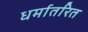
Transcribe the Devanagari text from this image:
धर्मातरित